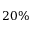
2 0 \%